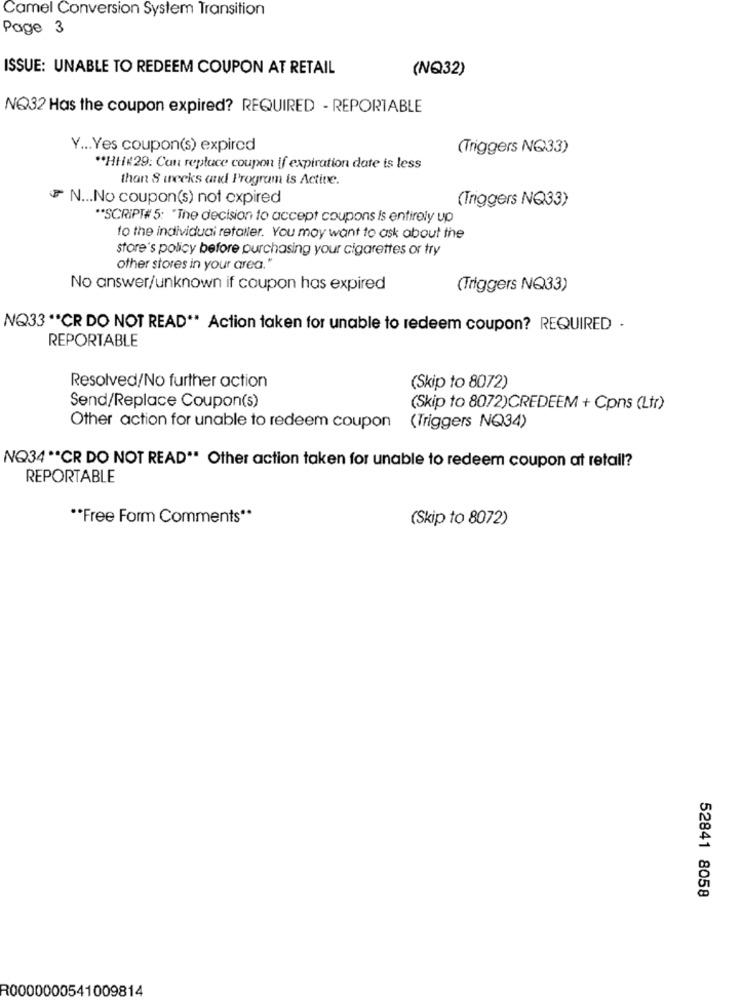
Camel Conversion System Transition
Page 3
ISSUE: UNABLE TO REDEEM COUPON AT RETAIL
(NQ32)
NO32 Has the coupon expired? REQUIRED - REPORTABLE
Y ... Yes coupon(s) expired
(Triggers NQ33)
** HH#29: Can replace coupon if expiration date is less
than 8 weeks and Program is Active.
N ... No coupon(s) not expired
(Triggers NQ33)
** SCRIPT# 5: "The decision to accept coupons Is entirely up
to the individual retaller. You may want to ask about the
store's policy before purchasing your cigarettes or try
other stores in your area."
No answer/unknown if coupon has expired
(Triggers NQ33)
NQ33 ** CR DO NOT READ" Action taken for unable to redeem coupon? REQUIRED -
REPORTABLE
Resolved/No further action
(Skip to 8072)
Send/Replace Coupon(s)
(Skip to 8072)CREDEEM + Cpns (Ltr)
Other action for unable to redeem coupon (Triggers NQ34)
NQ34 ** CR DO NOT READ" Other action taken for unable to redeem coupon at retail?
REPORTABLE
** Free Form Comments"
(Skip to 8072)
52841 8058
R0000000541009814